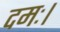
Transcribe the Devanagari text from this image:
दमः।